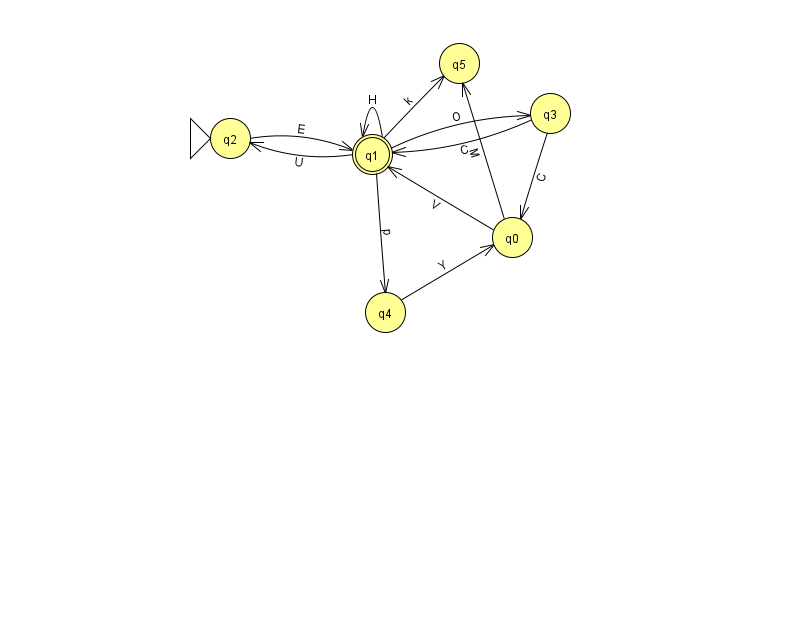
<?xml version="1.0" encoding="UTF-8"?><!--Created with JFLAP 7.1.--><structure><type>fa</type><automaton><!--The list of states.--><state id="0" name="q0"><x>512.0</x><y>224.0</y></state><state id="1" name="q1"><x>372.0</x><y>141.0</y><final/></state><state id="2" name="q2"><x>230.0</x><y>125.0</y><initial/></state><state id="3" name="q3"><x>550.0</x><y>100.0</y></state><state id="4" name="q4"><x>385.0</x><y>299.0</y></state><state id="5" name="q5"><x>459.0</x><y>50.0</y></state><!--The list of transitions.--><transition><from>1</from><to>5</to><read>k</read></transition><transition><from>1</from><to>2</to><read>U</read></transition><transition><from>2</from><to>1</to><read>E</read></transition><transition><from>3</from><to>1</to><read>C</read></transition><transition><from>3</from><to>0</to><read>C</read></transition><transition><from>0</from><to>1</to><read>V</read></transition><transition><from>0</from><to>5</to><read>M</read></transition><transition><from>4</from><to>0</to><read>Y</read></transition><transition><from>1</from><to>1</to><read>H</read></transition><transition><from>1</from><to>3</to><read>O</read></transition><transition><from>1</from><to>4</to><read>p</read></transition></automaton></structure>